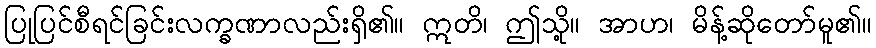
ပြုပြင်စီရင်ခြင်းလက္ခဏာလည်းရှိ၏။ ဣတိ၊ ဤသို့။ အာဟ၊ မိန့်ဆိုတော်မူ၏။